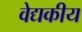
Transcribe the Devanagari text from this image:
वेद्यकीय